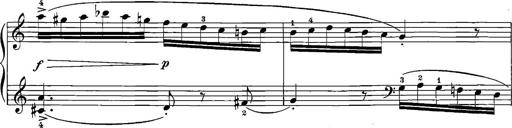
Title: 12 Sonatinas
Composer: Ignaz Pleyel